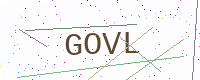
Text: GOVL